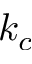
k _ { c }